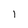
Character: l